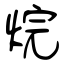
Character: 烷